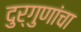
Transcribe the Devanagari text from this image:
दुर्गुणांचा